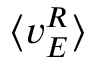
\langle v _ { E } ^ { R } \rangle